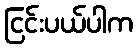
ငြင်းပယ်ပါက